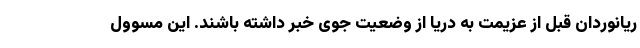
ریانوردان قبل از عزیمت به دریا از وضعیت جوی خبر داشته باشند. این مسوول